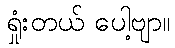
ရှုံးတယ် ပေါ့ဗျာ။